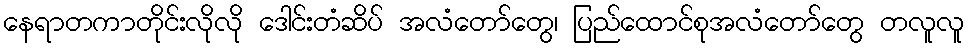
နေရာတကာတိုင်းလိုလို ဒေါင်းတံဆိပ် အလံတော်တွေ၊ ပြည်ထောင်စုအလံတော်တွေ တလူလူ